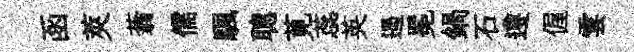
函莢蓊儒颿聰莧蕊英遏冕鍋石遵偓雲